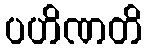
ပဟိဏတိ